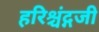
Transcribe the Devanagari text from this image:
हरिश्चंद्गजी